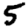
Digit: 5